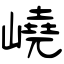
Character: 嶢